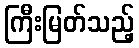
ကြီးမြတ်သည့်